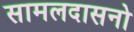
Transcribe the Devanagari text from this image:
सामलदासनो